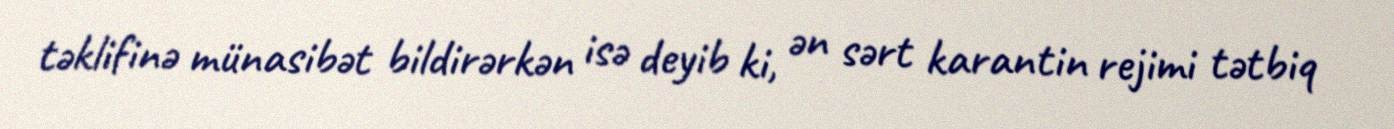
təklifinə münasibət bildirərkən isə deyib ki, ən sərt karantin rejimi tətbiq